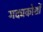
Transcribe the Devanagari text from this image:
गद्यकोशों